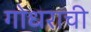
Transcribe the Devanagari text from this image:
गोधराची